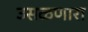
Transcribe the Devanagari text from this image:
उसळणारा